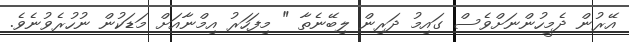
އޭރުން ދެމީހުންނަށްވެސް ގައިމު ދަރިން ލިބޭނެތާ " މިފަހަރު އިމްނާއަށް މަޑަކުން ނުހުރެވުނެވެ.